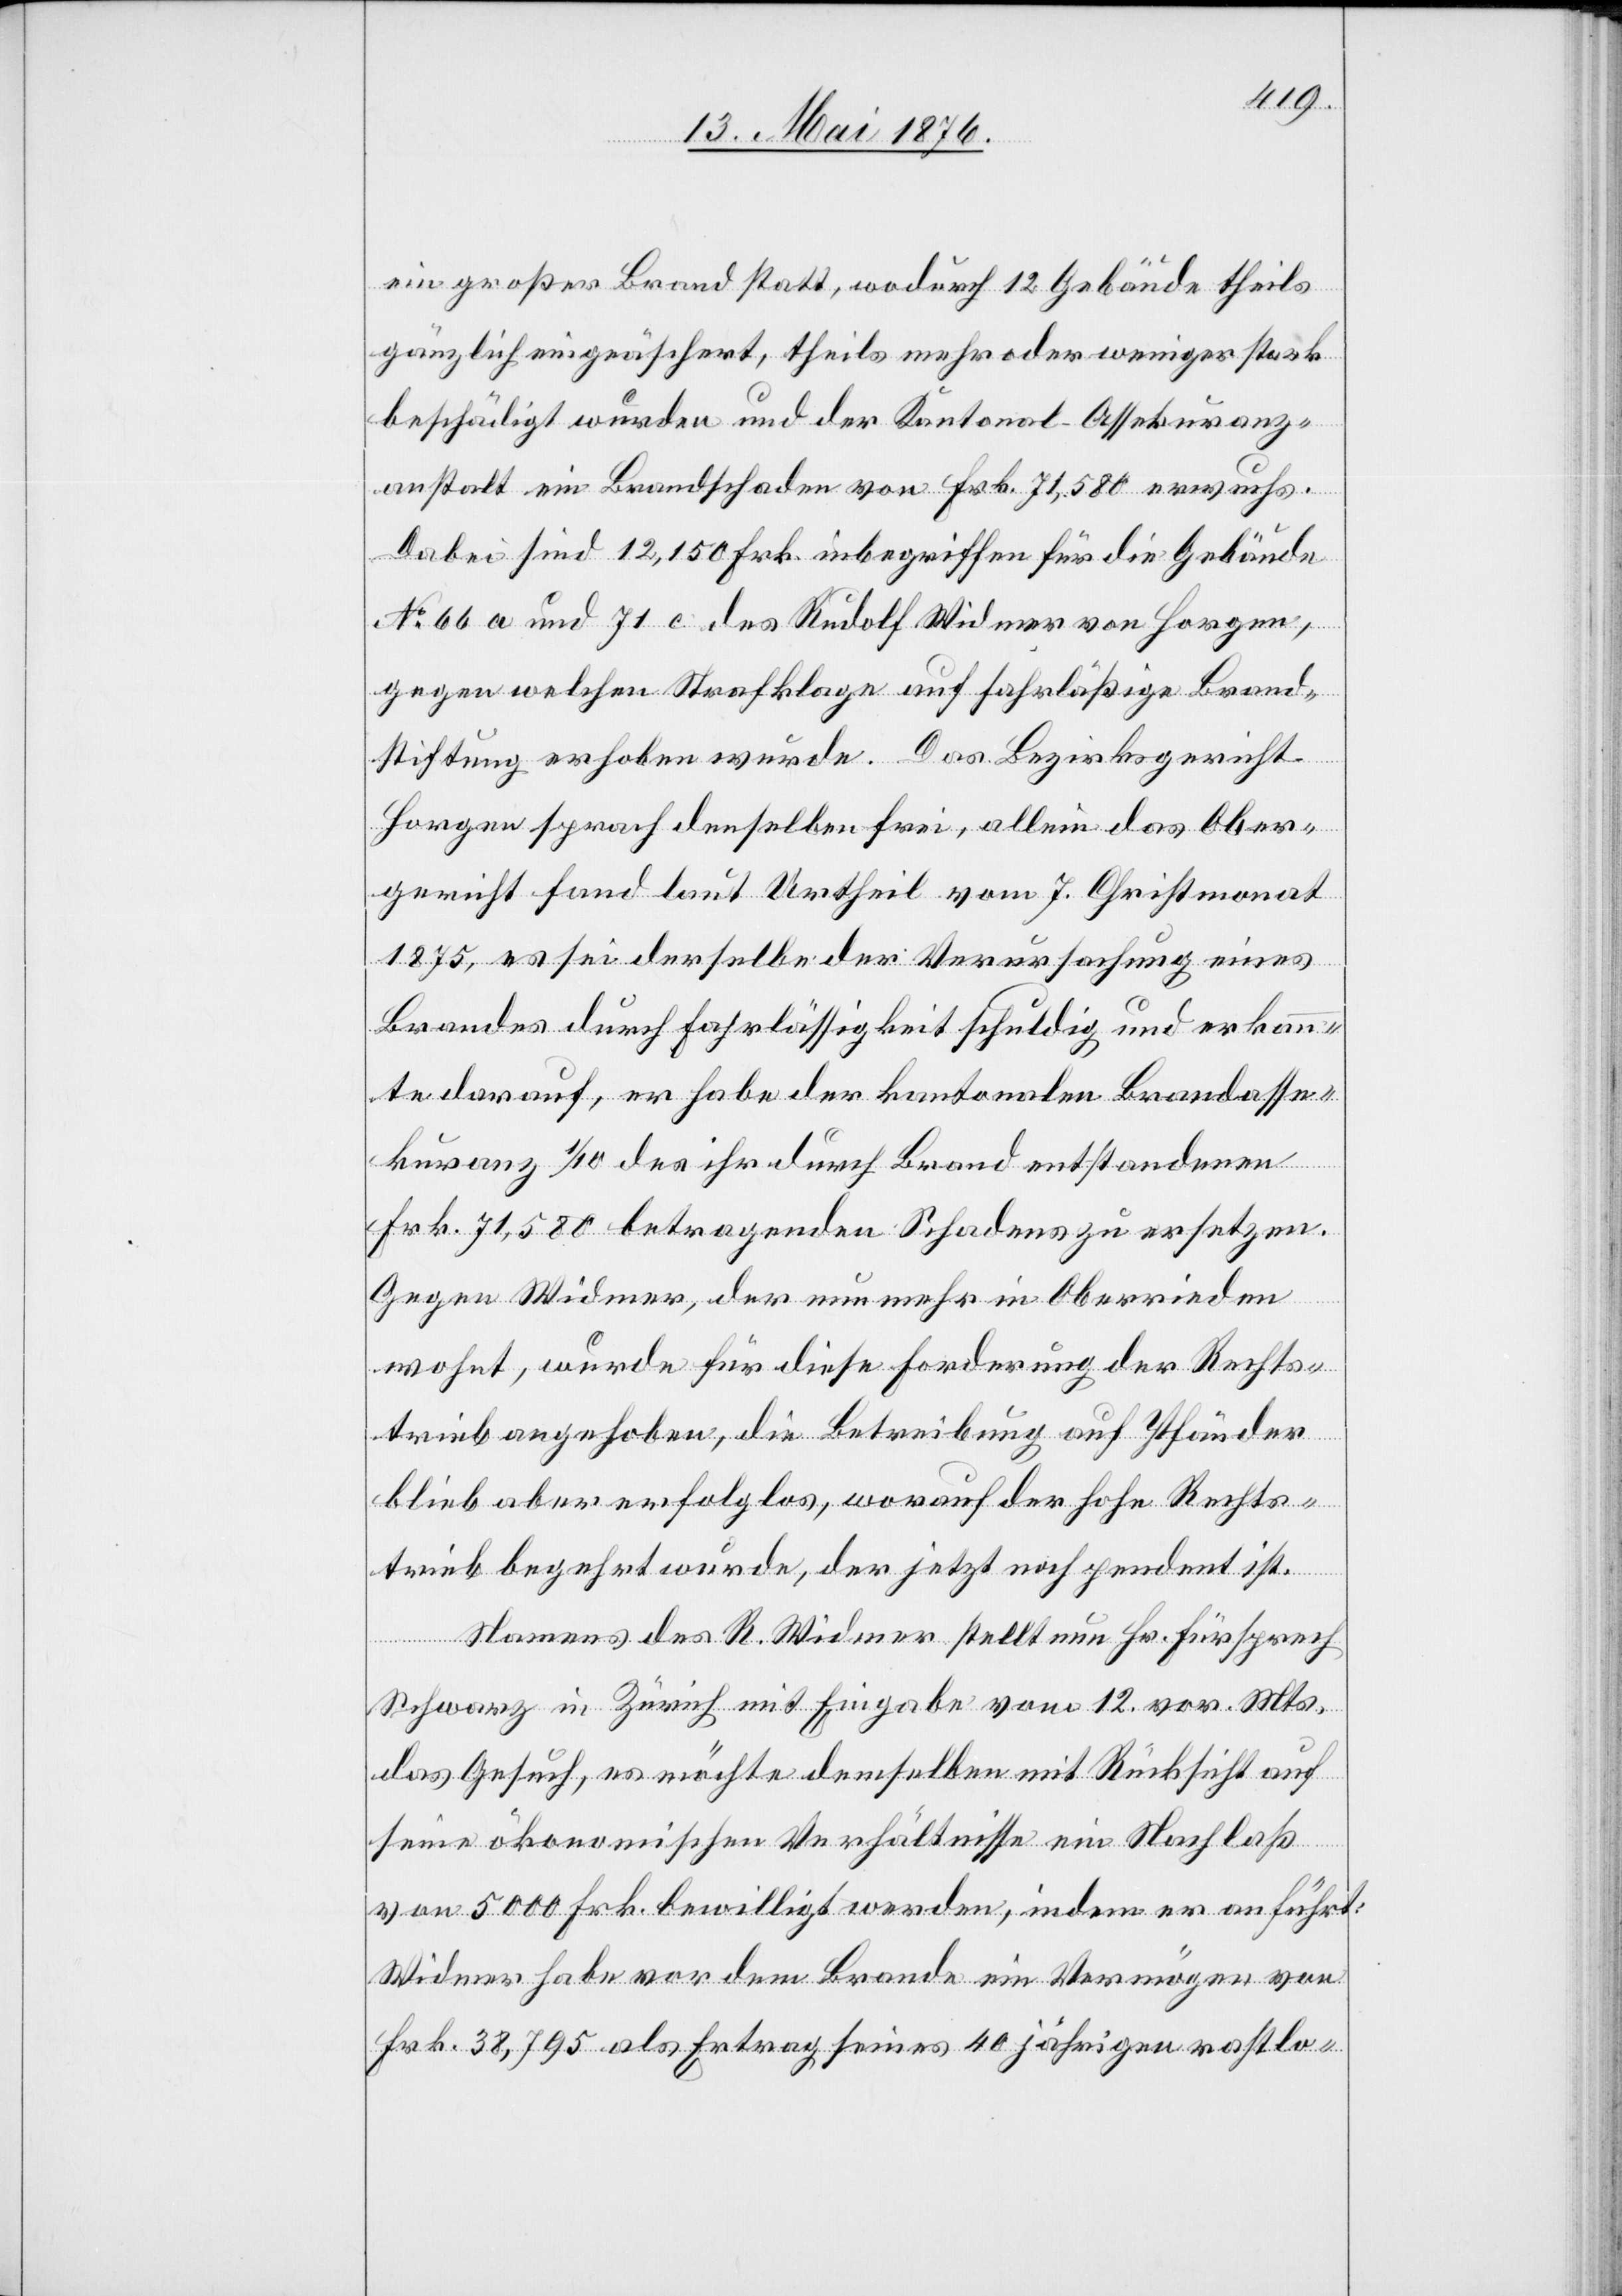
ein großer Brand statt, wodurch 12 Gebäude theils
gänzlich eingeäschert, theils mehr oder weniger stark
beschädigt wurden und der Kantonal-Assekuranz¬
anstalt ein Brandschaden von Frk. 71,580 erwuchs.
Dabei sind 12,150 Frk. inbegriffen für die Gebäude
No 66 a und 71 c des Rudolf Widmer von Horgen,
gegen welchen Strafklage auf fahrläßige Brand¬
stiftung erhoben wurde. Das Bezirksgericht
Horgen sprach denselben frei, allein das Ober¬
gericht fand laut Urtheil vom 7. Christmonat
1875, es sei derselbe der Verursachung eines
Brandes durch Fahrlässigkeit schuldig und erkann¬
te darauf, er habe der kantonalen Brandasse¬
kuranz 1/10 des ihr durch Brand entstandenen
Frk. 71,580 betragenden Schadens zu ersetzen.
Gegen Widmer, der nunmehr in Oberrieden
wohnt, wurde für diese Forderung der Rechts¬
trieb angehoben, die Betreibung auf Pfänder
blieb aber erfolglos, worauf der hohe Rechts¬
trieb begehrt wurde, der jetzt noch pendent ist.
Namens des R. Widmer stellt nun Hr. Fürsprech
Schwarz in Zürich mit Eingabe vom 12. vor. Mts.
das Gesuch, es möchte demselben mit Rücksicht auf
seine ökonomischen Verhältnisse ein Nachlaß
von 5000 Frk. bewilligt werden, indem er anführt:
Widmer habe vor dem Brande ein Vermögen von
Frk. 38,795 als Ertrag seines 40 jährigen rastlo-